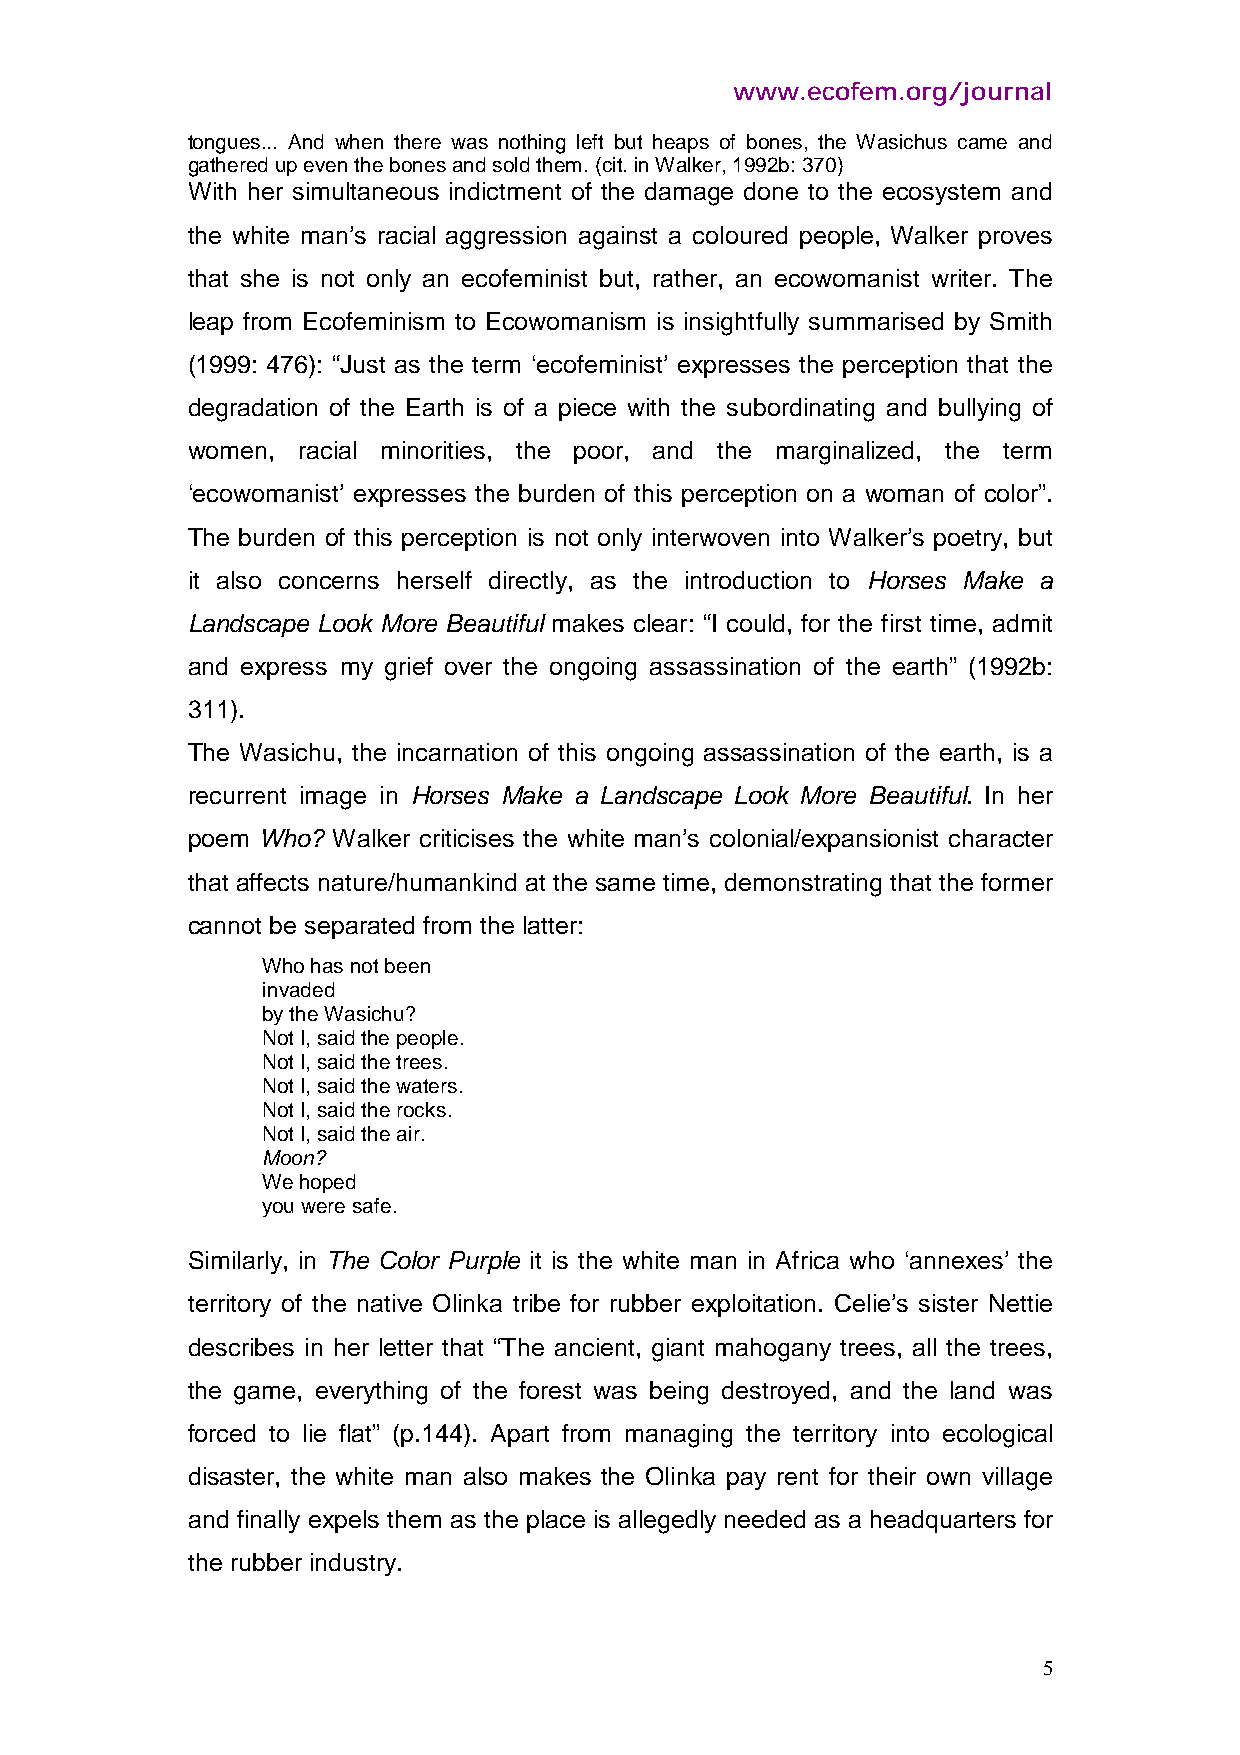
www.ecofem.org/journal
 tongues... And when there was nothing left but heaps of bones, the Wasichus came and
 gathered up even the bones and sold them. (cit. in Walker, 1992b: 370)
 With her simultaneous indictment of the damage done to the ecosystem and
 the white man’s racial aggression against a coloured people, Walker proves
 that she is not only an ecofeminist but, rather, an ecowomanist writer. The
 leap from Ecofeminism to Ecowomanism is insightfully summarised by Smith
 (1999: 476): “Just as the term ‘ecofeminist’ expresses the perception that the
 degradation of the Earth is of a piece with the subordinating and bullying of
 women,  racial minorities, the poor, and the marginalized, the term
 ‘ecowomanist’ expresses the burden of this perception on a woman of color”.
 The burden of this perception is not only interwoven into Walker’s poetry, but
 it also concerns herself directly, as the introduction to Horses Make a
 Landscape Look More Beautiful makes clear: “I could, for the first time, admit
 and express my grief over the ongoing assassination of the earth” (1992b:
 311).
 The Wasichu, the incarnation of this ongoing assassination of the earth, is a
 recurrent image in Horses Make a Landscape Look More Beautiful. In her
 poem Who? Walker criticises the white man’s colonial/expansionist character
 that affects nature/humankind at the same time, demonstrating that the former
 cannot be separated from the latter:
 Who has not been
 invaded
 by the Wasichu?
 Not I, said the people.
 Not I, said the trees.
 Not I, said the waters.
 Not I, said the rocks.
 Not I, said the air.
 Moon?
 We hoped
 you were safe.
 Similarly, in The Color Purple it is the white man in Africa who ‘annexes’ the
 territory of the native Olinka tribe for rubber exploitation. Celie’s sister Nettie
 describes in her letter that “The ancient, giant mahogany trees, all the trees,
 the game, everything of the forest was being destroyed, and the land was
 forced to lie flat” (p.144). Apart from managing the territory into ecological
 disaster, the white man also makes the Olinka pay rent for their own village
 and finally expels them as the place is allegedly needed as a headquarters for
 the rubber industry.
 5